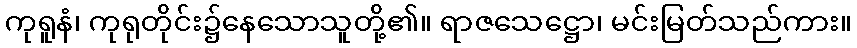
ကုရူနံ၊ ကုရုတိုင်း၌နေသောသူတို့၏။ ရာဇသေဋ္ဌော၊ မင်းမြတ်သည်ကား။